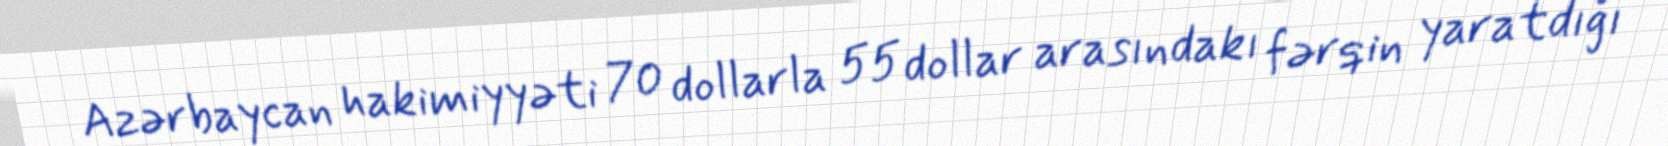
Azərbaycan hakimiyyəti 70 dollarla 55 dollar arasındakı fərqin yaratdığı